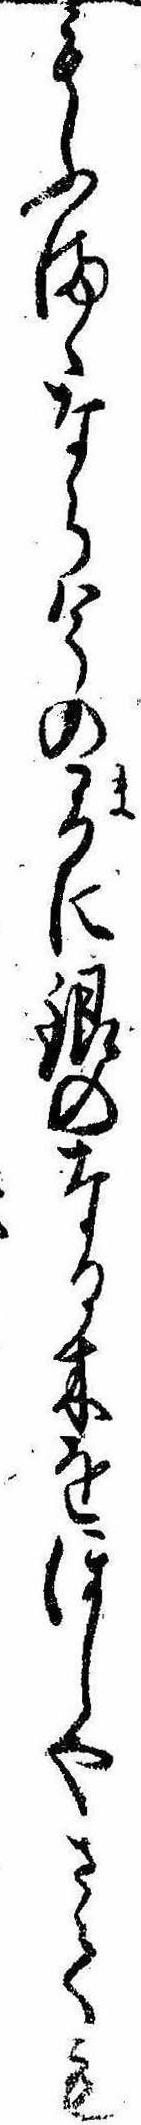
もふまゝなら今の間に銀のなる木をほしやさても